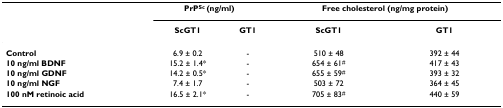
|  | <COLSPAN=2> PrPSc (ng/ml) | <COLSPAN=2> Free cholesterol (ng/mg protein) |
 |  | ScGT1 | GT1 | ScGT1 | GT1 |
 | --- | --- | --- | --- | --- |
 | Control | 6.9 ± 0.2 | - | 510 ± 48 | 392 ± 44 |
 | 10 ng/ml BDNF | 15.2 ± 1.4* | - | 654 ± 61# | 417 ± 43 |
 | 10 ng/ml GDNF | 14.2 ± 0.5* | - | 655 ± 59# | 393 ± 32 |
 | 10 ng/ml NGF | 7.4 ± 1.7 | - | 503 ± 72 | 364 ± 45 |
 | 100 nM retinoic acid | 16.5 ± 2.1* | - | 705 ± 83# | 440 ± 59 |